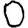
Digit: 0